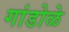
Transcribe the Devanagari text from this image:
गांडोळे